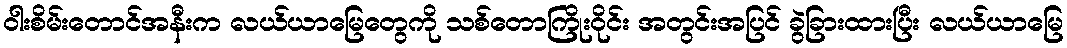
ဝါးစိမ်းတောင်အနီးက လယ်ယာမြေတွေကို သစ်တောကြိုးဝိုင်း အတွင်းအပြင် ခွဲခြားထားပြီး လယ်ယာမြေ